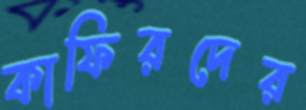
কাফিরদের